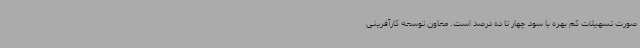
صورت تسهیلات کم بهره با سود چهار تا ده درصد است. معاون توسعه کارآفرینی